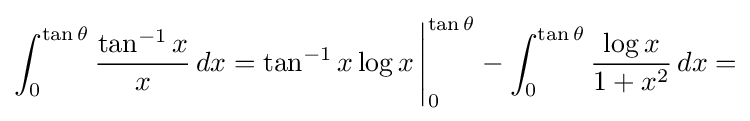
\int _{0}^{\tan \theta }{\frac {\tan ^{-1}x}{x}}\,dx=\tan ^{-1}x\log x\,{\Bigg |}_{0}^{\tan \theta }-\int _{0}^{\tan \theta }{\frac {\log x}{1+x^{2}}}\,dx=